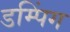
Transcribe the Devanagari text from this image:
डम्पिंग